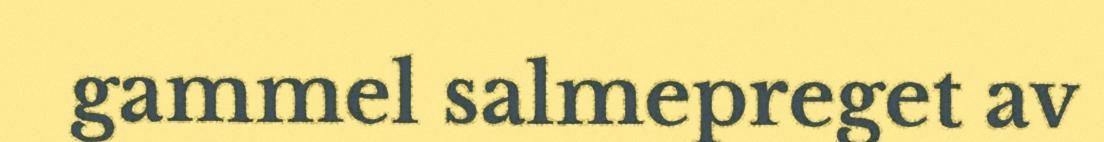
gammel salmepreget av